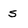
Character: S